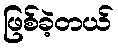
ဖြစ်ခဲ့တယ်